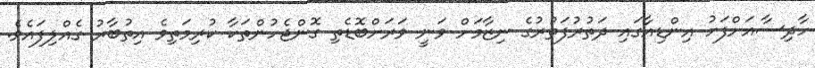
ހާދިސާއަށްފަހު އިންޑިއާގައި ދަތުރުފަތުރުގެ ނިޒާމަށް ވަނީ ވަރަށްބޮޑެތި ގޮންޖެހުންތަކާ ކުރިމަތިވެ އިތުބާރު ގެއްލިފައެވެ.